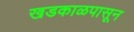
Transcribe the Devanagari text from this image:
खडकाळपासून